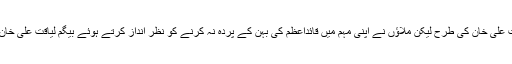
بیگم رعنا لیاقت علی خان کی طرح لیکن ملاؤں نے اپنی مہم میں قائداعظم کی بہن کے پردہ نہ کرنے کو نظر انداز کرتے ہوئے بیگم لیاقت علی خان کو نشانہ بنایا۔